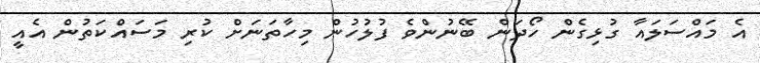
އެ މައްސަލައާ ގުޅިގެން ހޯދަން ބޭނުންވެ ފުލުހުން މިހާތަނަށް ކުރި މަސައްކަތުން އެއީ